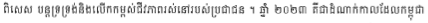
ពិសេស បន្តទ្រទ្រង់និងលើកកម្ពស់ជីវភាពរស់នៅរបស់ប្រជាជន ។ ឆ្នាំ ២០២៣ គឺជាដំណាក់កាលដែលកម្ពុជា